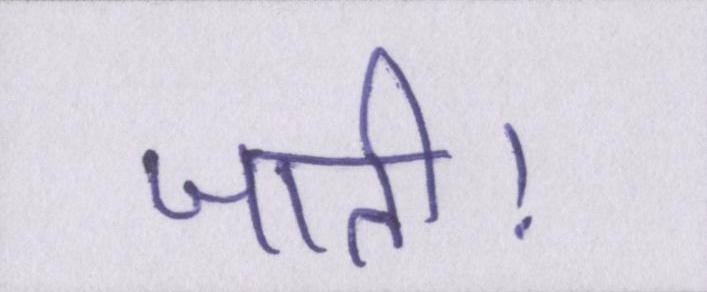
जाती।